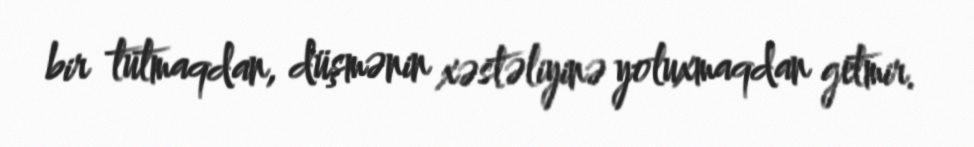
bir tutmaqdan, düşmənin xəstəliyinə yoluxmaqdan getmir.